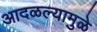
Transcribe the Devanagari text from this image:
आदळल्यामुळे